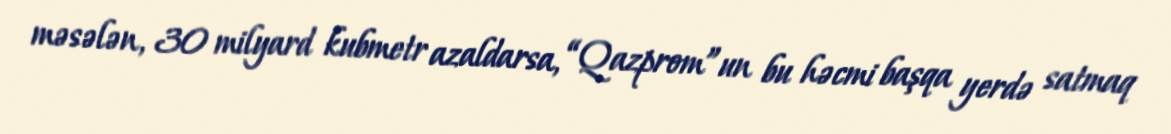
məsələn, 30 milyard kubmetr azaldarsa, “Qazprom”un bu həcmi başqa yerdə satmaq